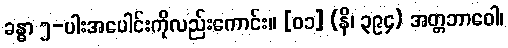
ခန္ဓာ ၅-ပါးအပေါင်းကိုလည်းကောင်း။ [၀၁] (နိ၊ ၃၉၄) အတ္တဘာဝေါ၊